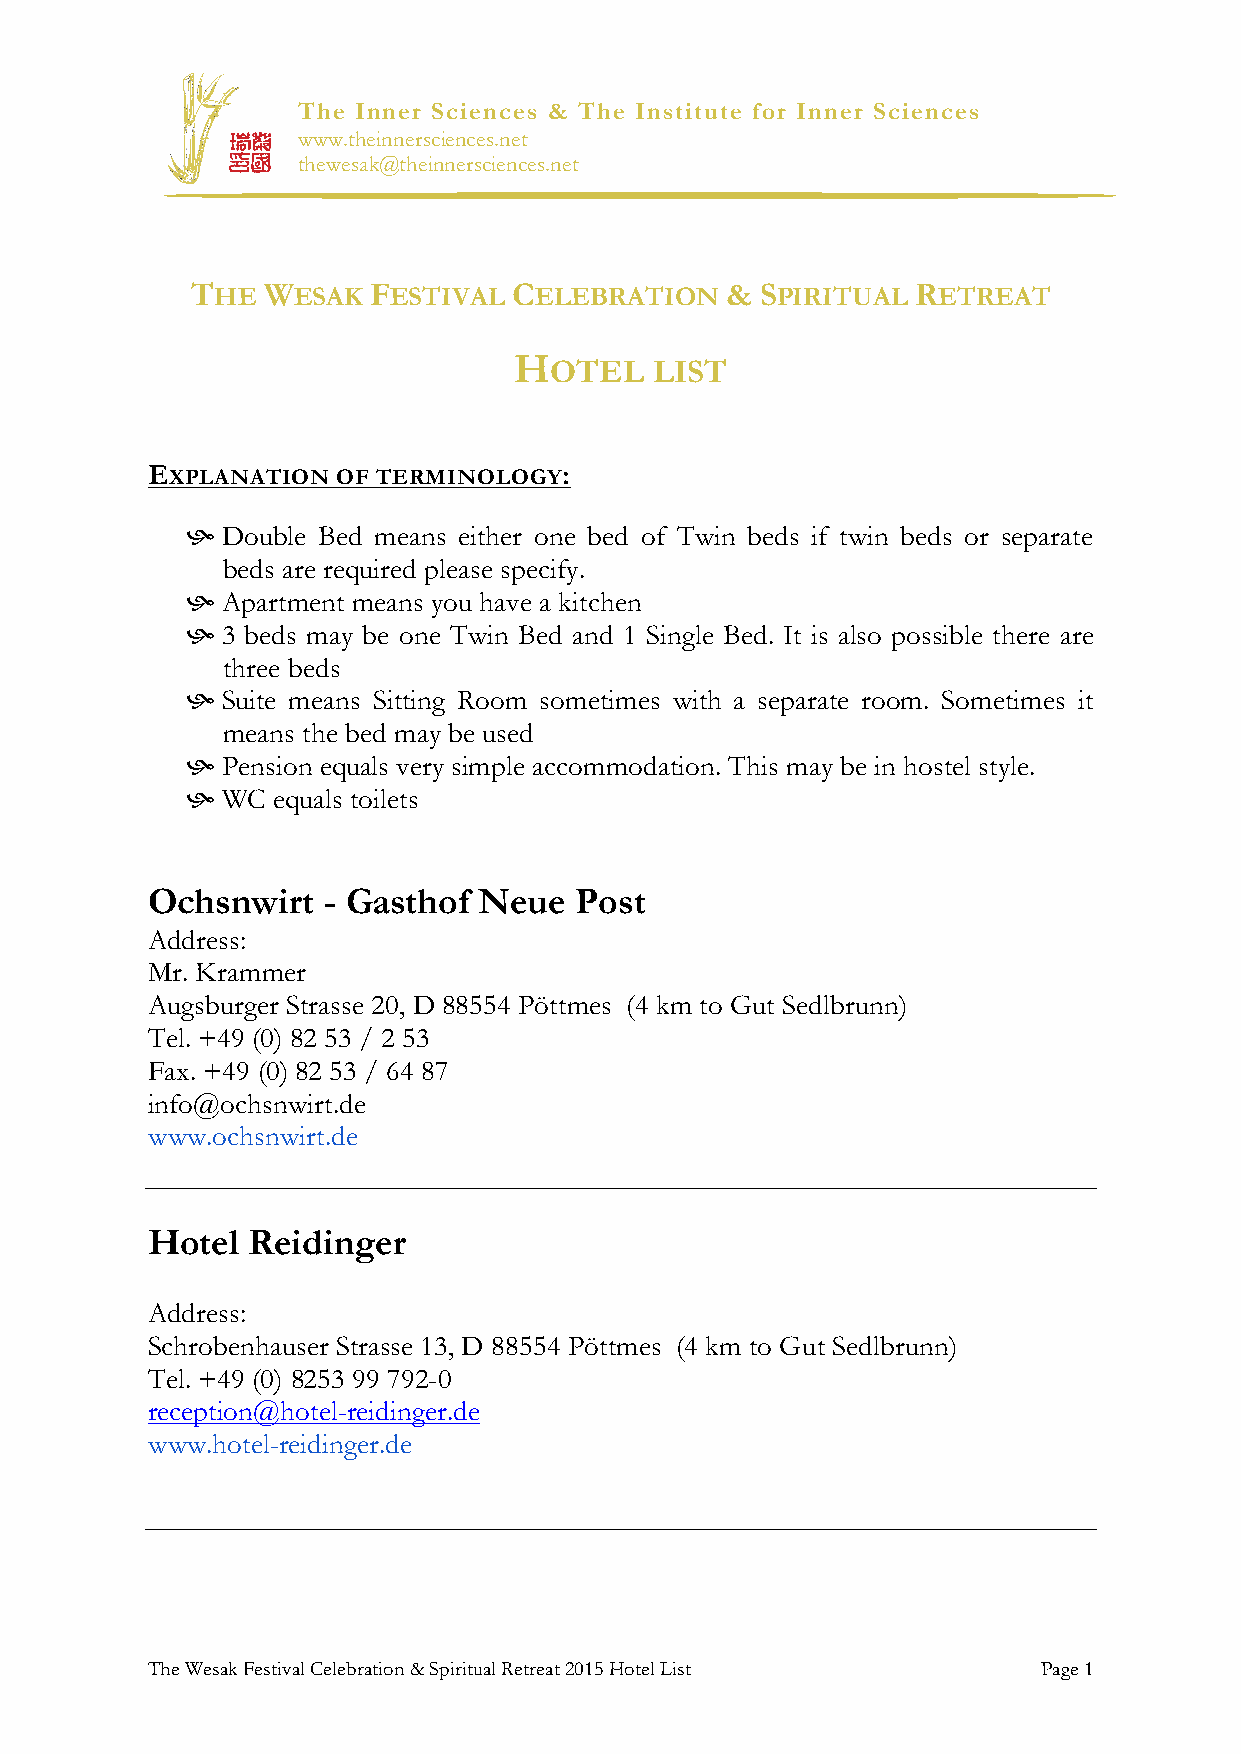
The Inner Sciences & The Institute for Inner Sciences
 www.theinnersciences.net
 thewesak@theinnersciences.net
 THE WESAK  FESTIVAL  CELEBRATION   & SPIRITUAL  RETREAT
 H
 OTEL   LIST
 EXPLANATION OF TERMINOLOGY:
 h Double Bed means either one bed of Twin beds if twin beds or separate
 beds are required please specify.
 h Apartment means you have a kitchen
 h 3 beds may be one Twin Bed and 1 Single Bed. It is also possible there are
 three beds
 h Suite means Sitting Room sometimes with a separate room. Sometimes it
 means the bed may be used
 h Pension equals very simple accommodation. This may be in hostel style.
 h WC equals toilets
 Ochsnwirt  - Gasthof  Neue  Post
 Address:
 Mr. Krammer
 Augsburger Strasse 20, D 88554 Pöttmes (4 km to Gut Sedlbrunn)
 Tel. +49 (0) 82 53 / 2 53
 Fax. +49 (0) 82 53 / 64 87
 info@ochsnwirt.de
 www.ochsnwirt.de
 Hotel Reidinger
 Address:
 Schrobenhauser Strasse 13, D 88554 Pöttmes (4 km to Gut Sedlbrunn)
 Tel. +49 (0) 8253 99 792-0
 reception@hotel-reidinger.de
 www.hotel-reidinger.de
 The Wesak Festival Celebration & Spiritual Retreat 2015 Hotel List Page 1